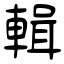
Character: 輯